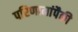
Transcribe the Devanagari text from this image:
परिणामांपैकी